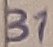
Text: 31